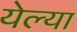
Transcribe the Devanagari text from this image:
येल्या